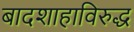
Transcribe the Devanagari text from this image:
बादशाहाविरुद्ध